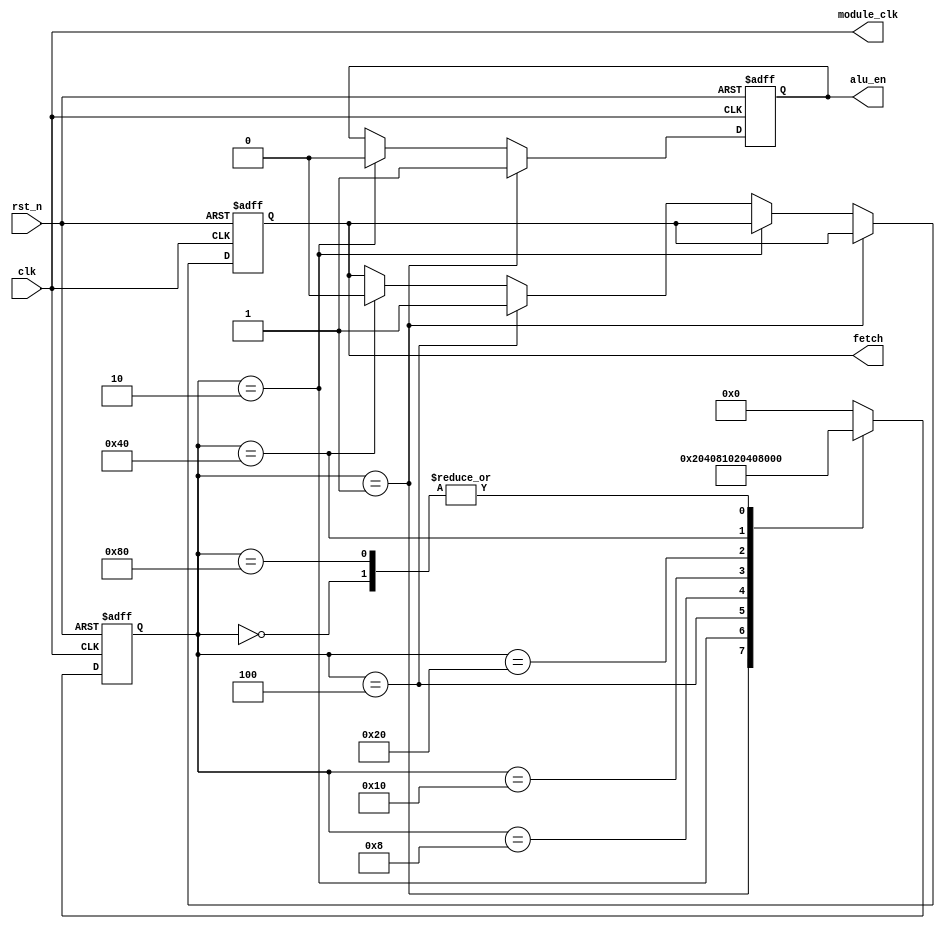
`timescale 1ns / 1ps
//////////////////////////////////////////////////////////////////////////////////
// Company: 
// Engineer: 
// 
// Design Name: 
// Module Name: clock_manager
// Project Name: 
// Target Devices: 
// Tool Versions: 
// Description: 
// 
// Dependencies: 
// 
// Revision:
// Revision 0.01 - File Created
// Additional Comments:
// 
//////////////////////////////////////////////////////////////////////////////////


module clock_manager(
    input clk,
    input rst_n,
    output reg alu_en,
    output reg fetch,
    output module_clk
    );
    
    parameter S1 = 8'b0000_0001,
              S2 = 8'b0000_0010,
              S3 = 8'b0000_0100,
              S4 = 8'b0000_1000,
              S5 = 8'b0001_0000,
              S6 = 8'b0010_0000,
              S7 = 8'b0100_0000,
              S8 = 8'b1000_0000,
              IDLE = 8'b0000_0000;
    
    reg [7:0] state, next_state;
    
    assign module_clk = clk;
    
    always@(state) begin
        case(state)
            IDLE: next_state = S1;
            S1: next_state = S2;
            S2: next_state = S3;
            S3: next_state = S4;
            S4: next_state = S5;
            S5: next_state = S6;
            S6: next_state = S7;
            S7: next_state = S8;
            S8: next_state = S1;
            default: next_state = IDLE;
        endcase   
    end

    always@(posedge clk or negedge rst_n) begin
        if(!rst_n) state <= IDLE;
        else state <= next_state;
    end

    always@(posedge clk or negedge rst_n) begin
        if(!rst_n) begin
            alu_en <= 1'b0;
            fetch <= 1'b0;
        end
        else
            if(state == S1) alu_en <= 1'b1;
            else if(state == S2) alu_en <= 1'b0;
            else if(state == S3) fetch <= 1'b1;
            else if(state == S7) fetch <= 1'b0;
            else begin
                alu_en <= alu_en;
                fetch <= fetch;
            end
    end
    
endmodule